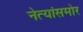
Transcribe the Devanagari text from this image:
नेत्यांसमोर